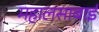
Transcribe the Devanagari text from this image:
महालसाबाई